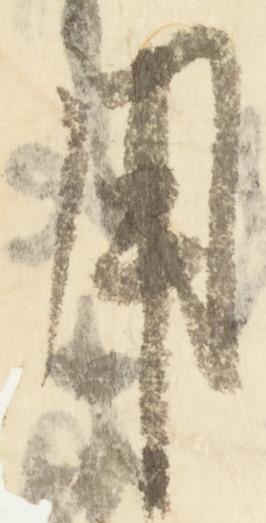
用